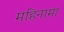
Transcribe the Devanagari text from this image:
महिनामा